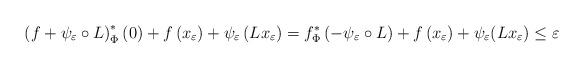
\begin{align*}\left(f+\psi_{\varepsilon}\circ L\right)^{*}_\Phi\left(0\right)+f\left(x_\varepsilon\right)+\psi_{\varepsilon}\left(Lx_\varepsilon\right)=f^{*}_\Phi \left(-\psi_\varepsilon \circ L \right)+f\left(x_\varepsilon\right)+ \psi_{\varepsilon} (L x_\varepsilon) \leq\varepsilon\end{align*}